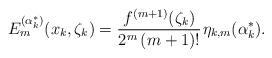
LaTeX: \begin{align*}E_m^{(\alpha _k^*)}({x_k},{\zeta _k}) = \frac{{{f^{(m + 1)}}({\zeta _k})}}{{{2^m}\,(m + 1)!}}{\mkern 1mu} {\eta _{k,m}}(\alpha _k^*).\end{align*}